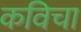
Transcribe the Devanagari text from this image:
कविचा